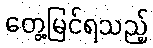
တွေ့မြင်ရသည့်